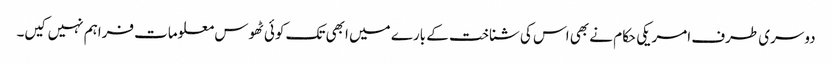
دوسری طرف امریکی حکام نے بھی اس کی شناخت کے بارے میں ابھی تک کوئی ٹھوس معلومات فراہم نہیں کیں۔